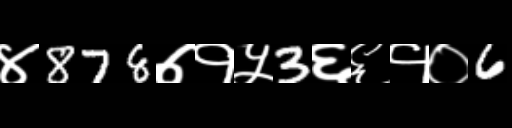
Text: ४878७१५3६६१०6